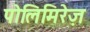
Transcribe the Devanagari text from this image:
पोलिमिरेज़